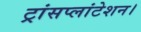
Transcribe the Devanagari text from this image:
ट्रांसप्लांटेशन।